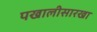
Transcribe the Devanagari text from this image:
पखालीसारखा